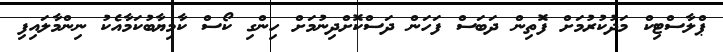
ޕްލާސްޓިކް މަދުކުރުމަށް ފޮތިން ދަބަސް ފަހަން ދަސްކޮށްދިނުމަށް ހިންގި ކޯސް ކާމިޔާބުކަމާއެކު ނިންމާލައިފި